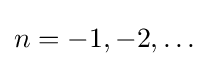
n=-1,-2,\ldots